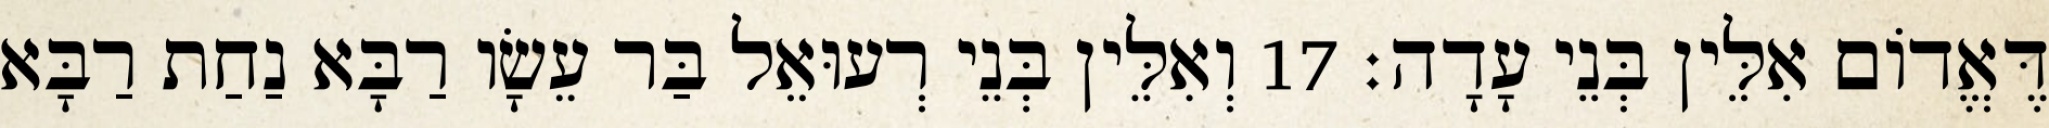
דֶּאֱדוֹם אִלֵּין בְּנֵי עָדָה׃ 17 וְאִלֵּין בְּנֵי רְעוּאֵל בַּר עֵשָׂו רַבָּא נַחַת רַבָּא